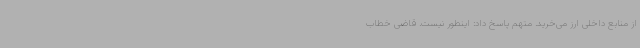
از منابع داخلی ارز می‌خرید. متهم پاسخ داد: اینطور نیست. قاضی خطاب